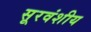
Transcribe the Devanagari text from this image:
सूरवंशीय